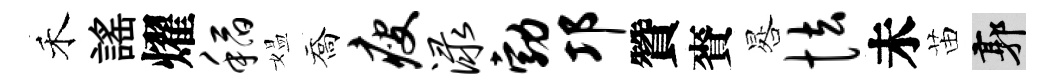
禾謡燿稻媪喬瘦渌勃邛贊賚晷怯未苗郭